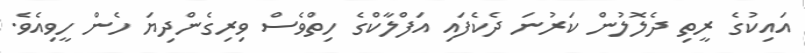
އައިކުގެ ރީތި ދެލޮލުން ކަރުނަ ދެކެފައި އަފްލާކްގެ ހިތްވެސް ވިރިގެންދިޔަ ހެން ހީވިއެވެ.